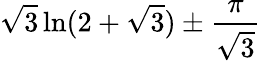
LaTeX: {\sqrt{3}}\ln(2+{\sqrt{3}})\pm{\frac{\pi}{\sqrt{3}}}